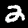
Digit: 2